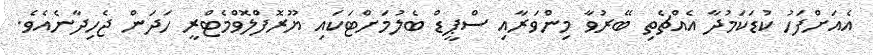
އެއަށްފަހު ކުޑަކަމުދާ އެއްޗެތި ބޭރުވާ މިންވަރާއި ސްޕީޑް ބެލުމަށްޓަކައި ޔޫރޮފްލޮވްމެޓްރީ ހަދަން ޖެހިދާނެއެވެ.